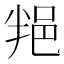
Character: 𨚚